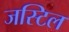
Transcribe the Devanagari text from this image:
जस्टिल